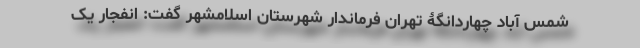
شمس آباد چهاردانگۀ تهران فرماندار شهرستان اسلامشهر گفت: انفجار یک